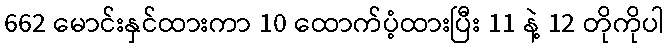
662 မောင်းနှင်ထားကာ 10 ထောက်ပံ့ထားပြီး 11 နဲ့ 12 တိုကိုပါ